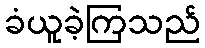
ခံယူခဲ့ကြသည်